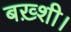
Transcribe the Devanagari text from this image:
बख़्शी।